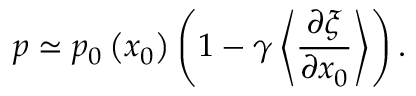
p \simeq p _ { 0 } \left( x _ { 0 } \right) \left( 1 - \gamma \left\langle \frac { \partial \xi } { \partial x _ { 0 } } \right\rangle \right) .